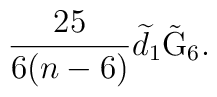
\frac{25}{6(n-6)}\widetilde{d}_{1}\tilde{{\rm G}}_{6}.